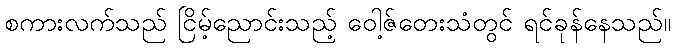
စကားလက်သည် ငြိမ့်ညောင်းသည့် ဝေါ့ဇ်တေးသံတွင် ရင်ခုန်နေသည်။